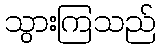
သွားကြသည်